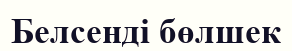
Белсенді бөлшек